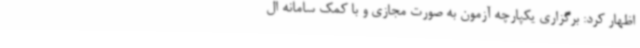
اظهار کرد: برگزاری یکپارچه آزمون به صورت مجازی و با کمک سامانه ال